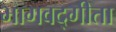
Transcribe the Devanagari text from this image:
भागवद्गीता